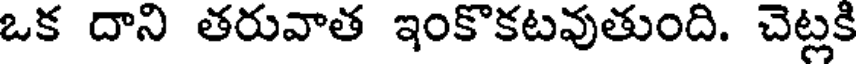
ఒక దాని తరువాత ఇంకొకటవుతుంది. చెట్లకి